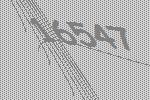
16547